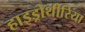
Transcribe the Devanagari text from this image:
हाइड्रोथीरिया